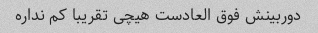
دوربینش فوق العادست هیچی تقریبا کم نداره